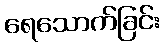
ရေသောက်ခြင်း